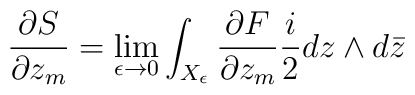
\frac{\partial S}{\partial z_m}= \lim_{\epsilon \rightarrow 0}\int_{X_\epsilon} \frac{\partial F}{\partial z_m} \frac{i}{2}dz\wedge d\bar z